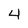
Character: 4